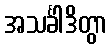
အသင်္ခါဒိတွာ